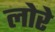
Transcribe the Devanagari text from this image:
लोरे